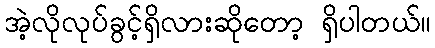
အဲ့လိုလုပ်ခွင့်ရှိလားဆိုတော့ ရှိပါတယ်။